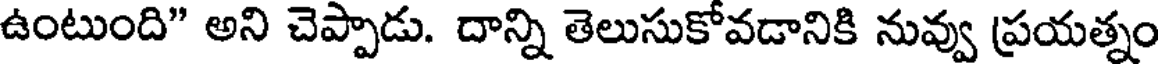
ఉంటుంది" అని చెప్పాడు. దాన్ని తెలుసుకోవడానికి నువ్వు ప్రయత్నం